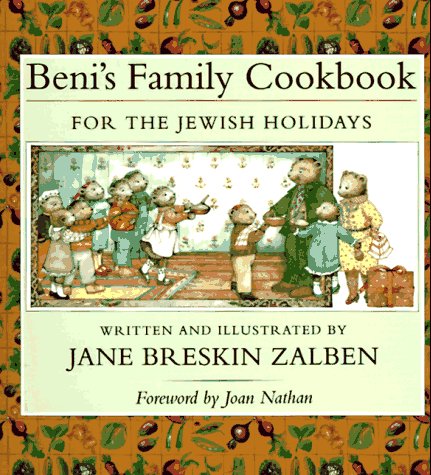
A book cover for Beni's Family Cookbook for the Jewish Holidays; Jane Breskin Zalben; Teen & Young Adult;